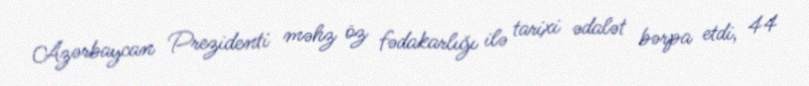
Azərbaycan Prezidenti məhz öz fədakarlığı ilə tarixi ədalət bərpa etdi, 44